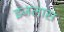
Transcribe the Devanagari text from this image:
इजलास